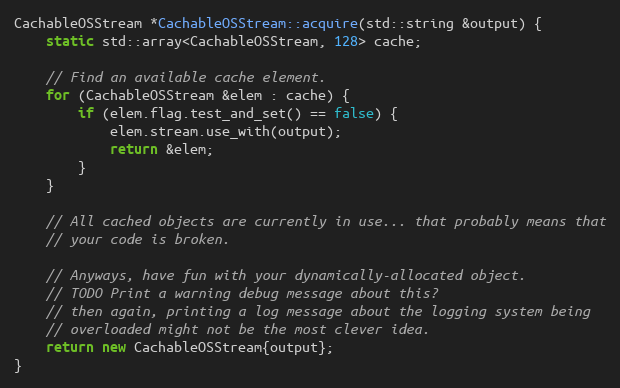
Language: C++
CachableOSStream *CachableOSStream::acquire(std::string &output) {
	static std::array<CachableOSStream, 128> cache;

	// Find an available cache element.
	for (CachableOSStream &elem : cache) {
		if (elem.flag.test_and_set() == false) {
			elem.stream.use_with(output);
			return &elem;
		}
	}

	// All cached objects are currently in use... that probably means that
	// your code is broken.

	// Anyways, have fun with your dynamically-allocated object.
	// TODO Print a warning debug message about this?
	// then again, printing a log message about the logging system being
	// overloaded might not be the most clever idea.
	return new CachableOSStream{output};
}